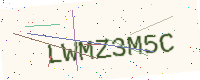
Text: LWMZ3M5C